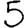
Digit: 5